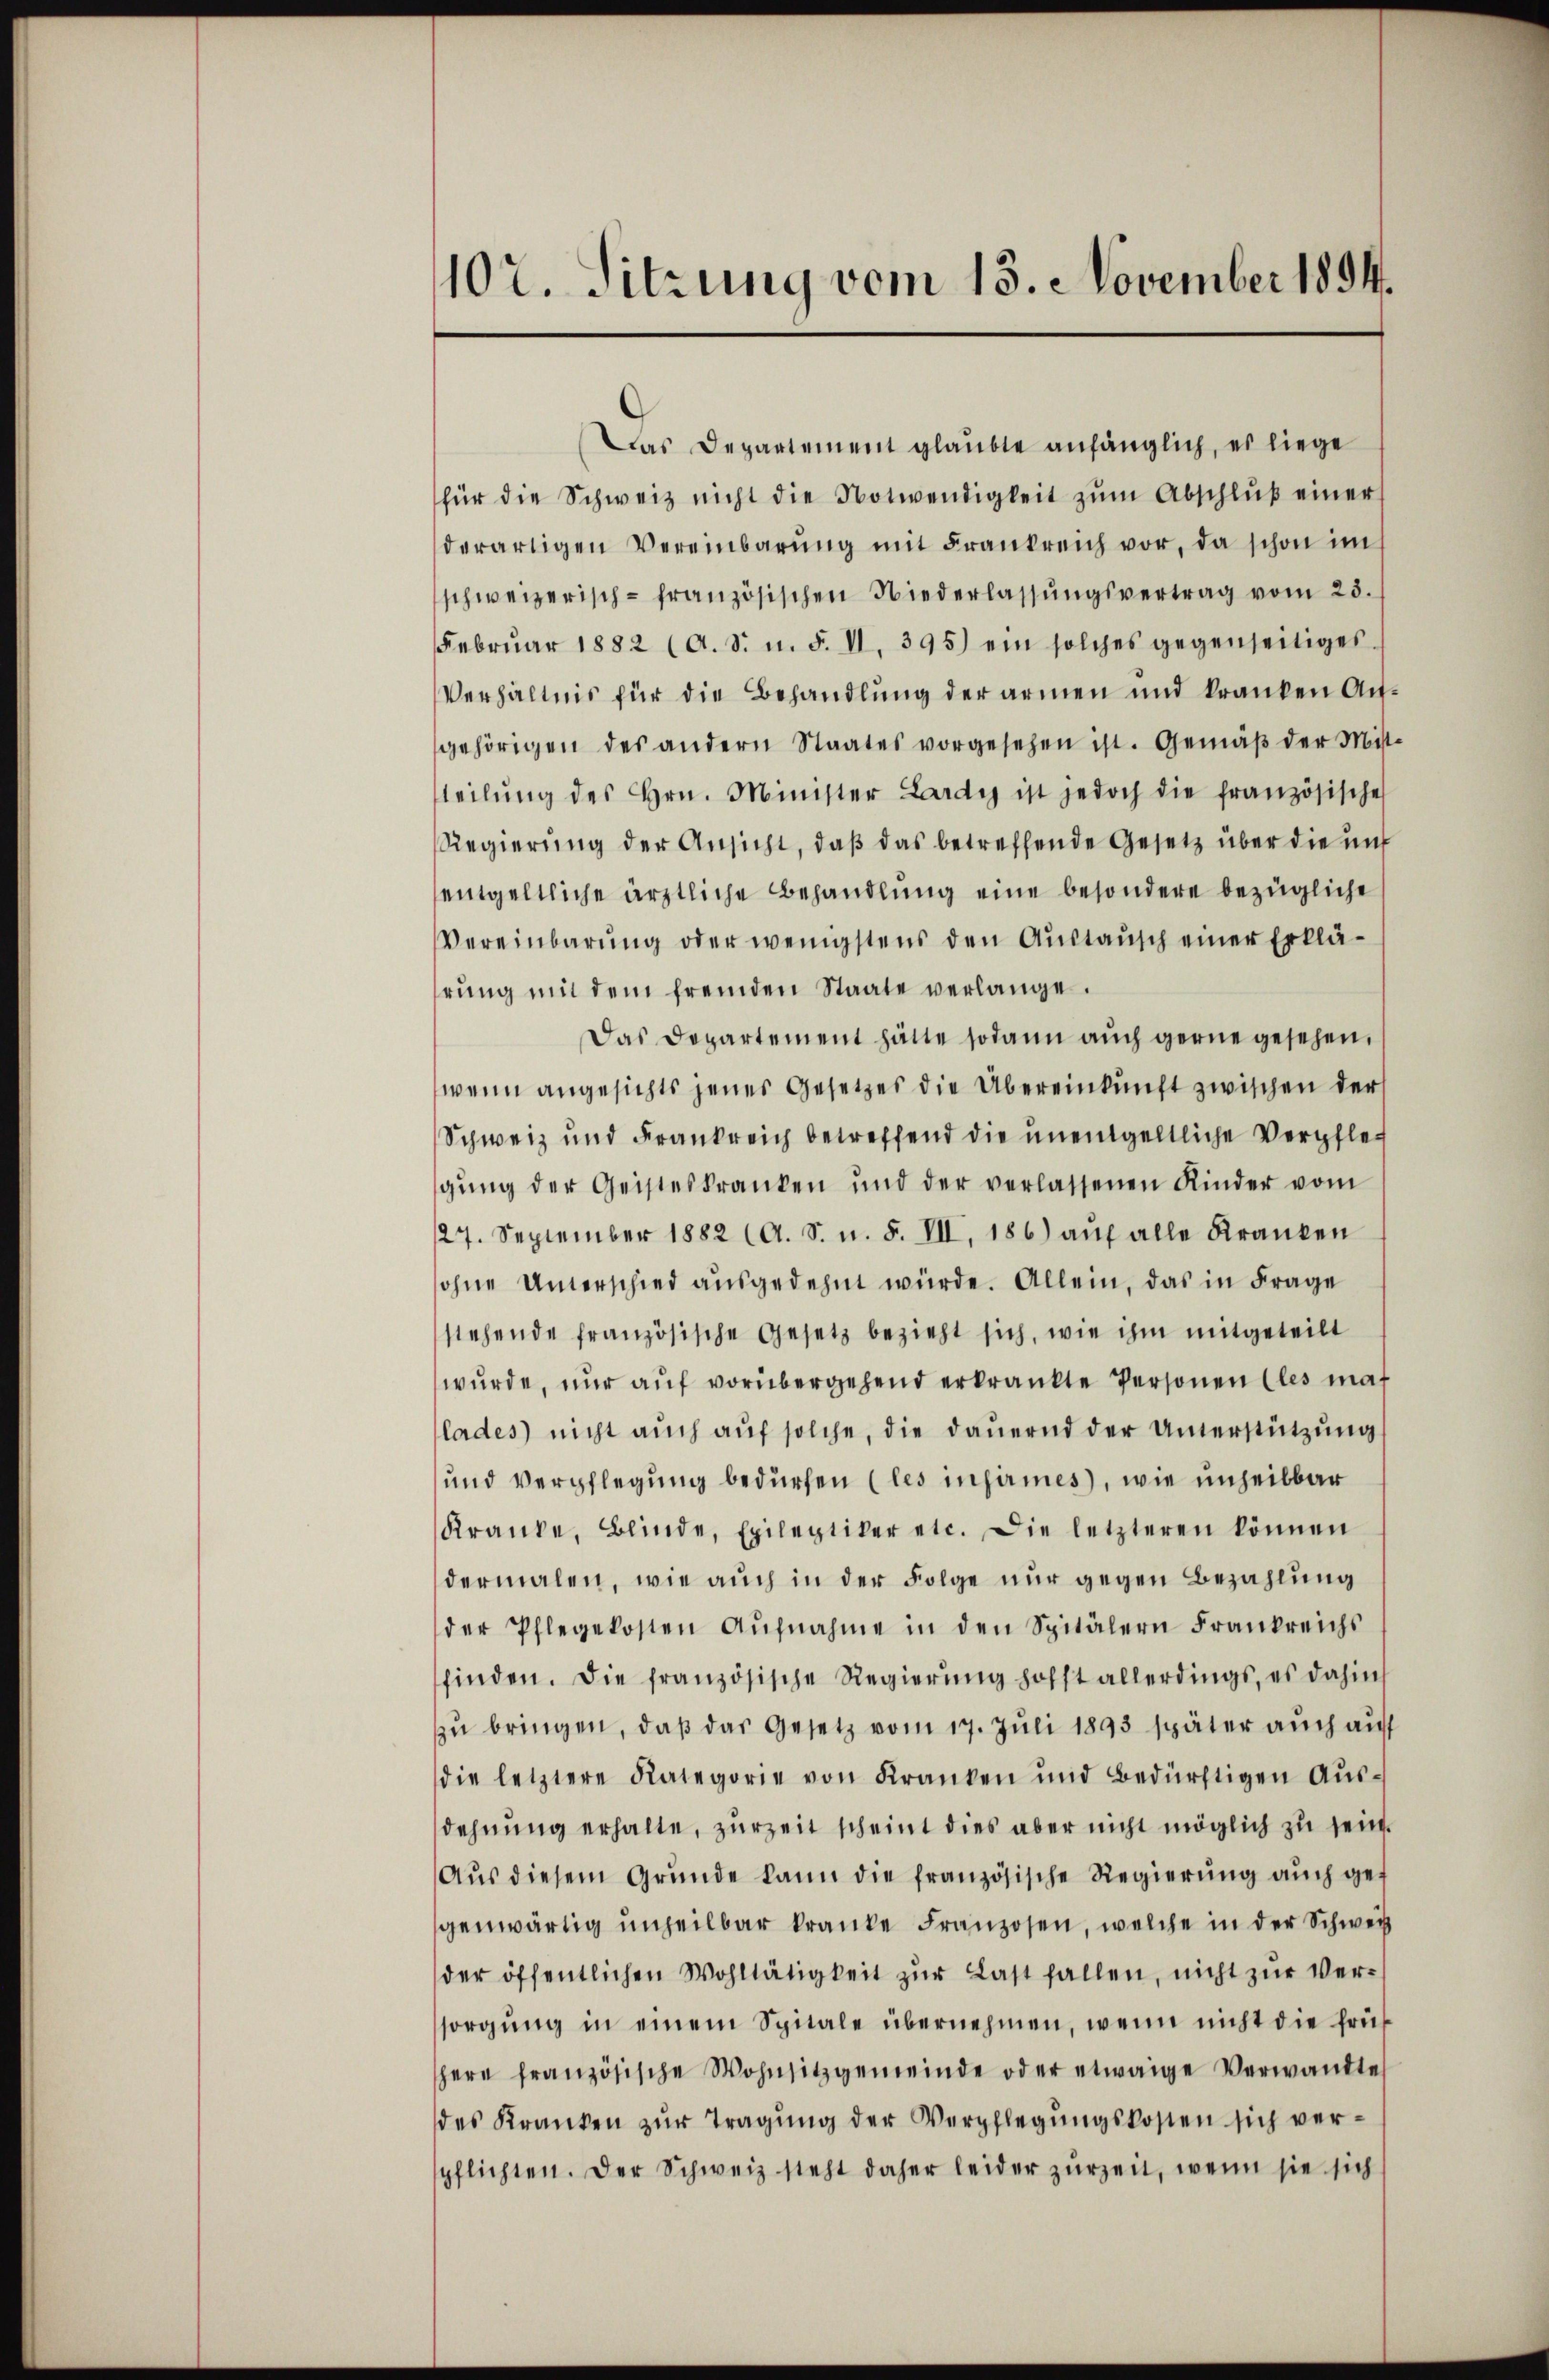
102. Sitzung vom 18. November 1894.

Das Departement glaubte anfänglich, es liege
für die Schweiz nicht die Notwendigkeit zŭm Abschlŭβ einer
derartigen Vereinbarŭng mit Frankreich vor, da schon im
schweizerisch-französischen Niederlassŭngsvertrag vom 23.
Febrŭar 1882 (A. S. n. F. VI. 395) ein solches gegenseitiges
Verhältnis für die Behandlung der armen und kranken Augehörigen des andern Staates vorgesehen ist. Gemäß der Mist
tteilŭng des Hrn. Minister Lardy ist jedoch die französische
Regierung der Ansicht, daβ das betreffende Gesetz über die uns
entgeltliche ärztliche Behandlung eine besondere bezügliche
Vereinbarung oder wenigstens den Austausch einer Erklärŭng mit dem fremden Staate verlange.
Das Departement hätte sodann auch gerne gesehen,
wenn angesichts jenes Gesetzes die Übereinkunft zwischen ders
Schweiz und Frankreich betreffend die unentgeltliche Verpfleg
gŭng der Geisteskranken und der verlassenen Kinder vom
27. September 1882 (A. S. n. F. VII, 186) aŭf alle Kranken
ohne Unterschied ausgedehnt würde. Allein, das in Frage
stehende französische Gesetz bezieht sich, wie ihm mitgeteilt
wurde, nur auf vorübergehend erkränkte Personen (les maß
lades nicht aŭch aŭf solche, die dauernd der Unterstützŭng
und Verpflegung bedürfen (les infirmes, wie unheilbar
Kranke, Blinde, Epileptiker etc. Die letzteren können
dermalen, wie auch in der Folge nur gegen Bezahlung
der Pflegekosten Aŭfnahme in den Spitälern Frankreichs
finden. Die französische Regierŭng hofft allerdings, es dahin
zŭ bringen, daβ das Gesetz vom 17. Juli 1893 später auch auf
die letztere Kategorie von Kranken und Bedürftigen Ausdehnung erhalte, zurzeit scheint dies aber nicht möglich zu sein.
Aŭs diesem Grŭnde kann die französische Regierŭng aŭch gegenwärtig unheilbar kranke Franzosen, welche in der Schweiz
der öffentlichen Wohltätigkeit zŭr Last fallen, nicht zŭr Ver-
sorgŭng in einem Spitale übernehmen, wenn nicht die frü-
here französische Wohnsitzgemeinde oder etwaige Verwandte
des Kranken zŭr Tragŭng der Verpflegŭngskosten sich verspflichten. Der Schweiz steht daher leider zurzeit, wenn sie sich